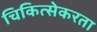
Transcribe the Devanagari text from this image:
चिकित्सेकरता